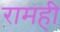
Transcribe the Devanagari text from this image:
रामही